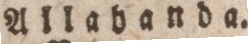
Allahanda.